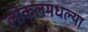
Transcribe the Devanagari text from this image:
लोकलमधल्या